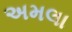
અમલા